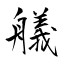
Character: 艤